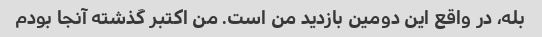
بله، در واقع این دومین بازدید من است. من اکتبر گذشته آنجا بودم